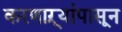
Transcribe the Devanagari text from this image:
करणाऱ्यांपासून